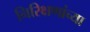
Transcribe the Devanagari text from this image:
निरिक्षणांच्या